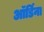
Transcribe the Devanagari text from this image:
ऑर्डिना